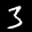
Label: 3